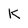
Character: K